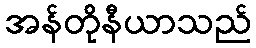
အန်တိုနီယာသည်